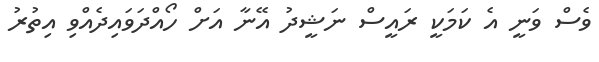
ވެސް ވަނީ އެ ކަމަކީ ރައީސް ނަޝީދު އޭނާ އަށް ހޯއްދަވައިދެއްވި އިތުރު